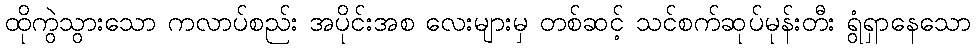
ထိုကွဲသွားသော ကလာပ်စည်း အပိုင်းအစ လေးများမှ တစ်ဆင့် သင်စက်ဆုပ်မုန်းတီး ရွံရှာနေသော